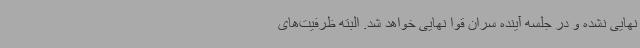
نهایی نشده و در جلسه آینده سران قوا نهایی خواهد شد. البته ظرفیت‌های